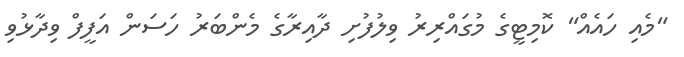
"މެއި ހައެއް" ކޮމިޓީގެ މުގައްރިރު ވިލުފުށި ދާއިރާގެ މެންބަރު ހަސަން އަފީފް ވިދާޅުވި